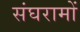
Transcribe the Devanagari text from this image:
संघरामों